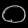
Digit: ၀